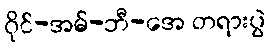
ဝိုင်-အမ်-ဘီ-အေ တရားပွဲ